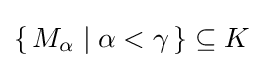
\{\,M_{\alpha }\mid \alpha <\gamma \,\}\subseteq K